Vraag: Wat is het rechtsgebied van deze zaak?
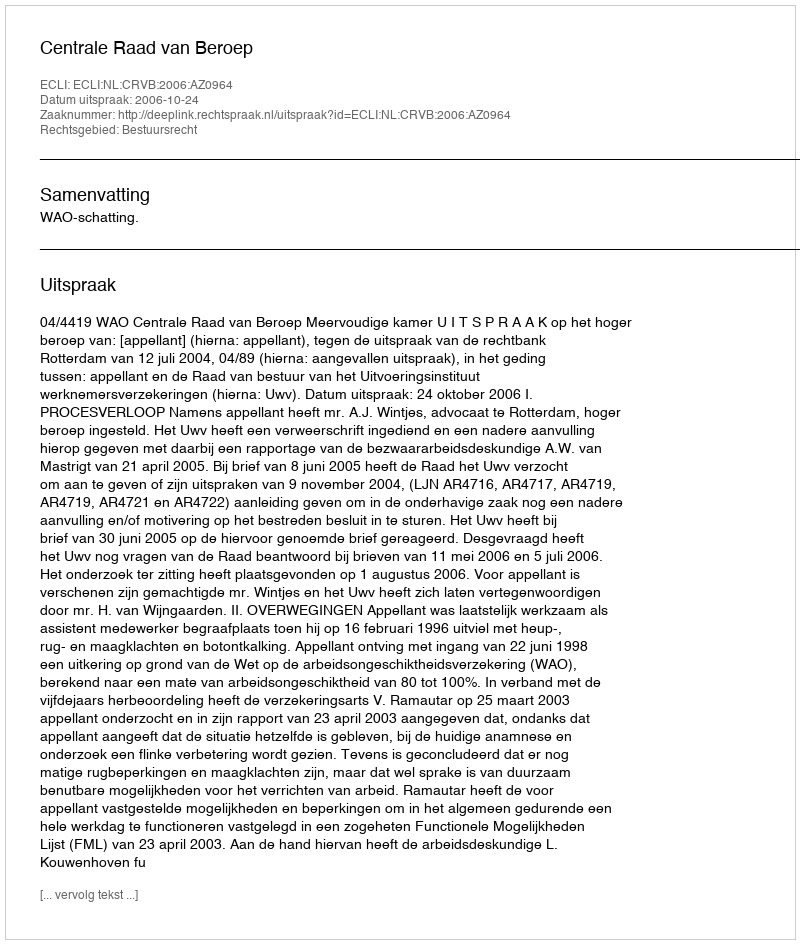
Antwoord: Bestuursrecht